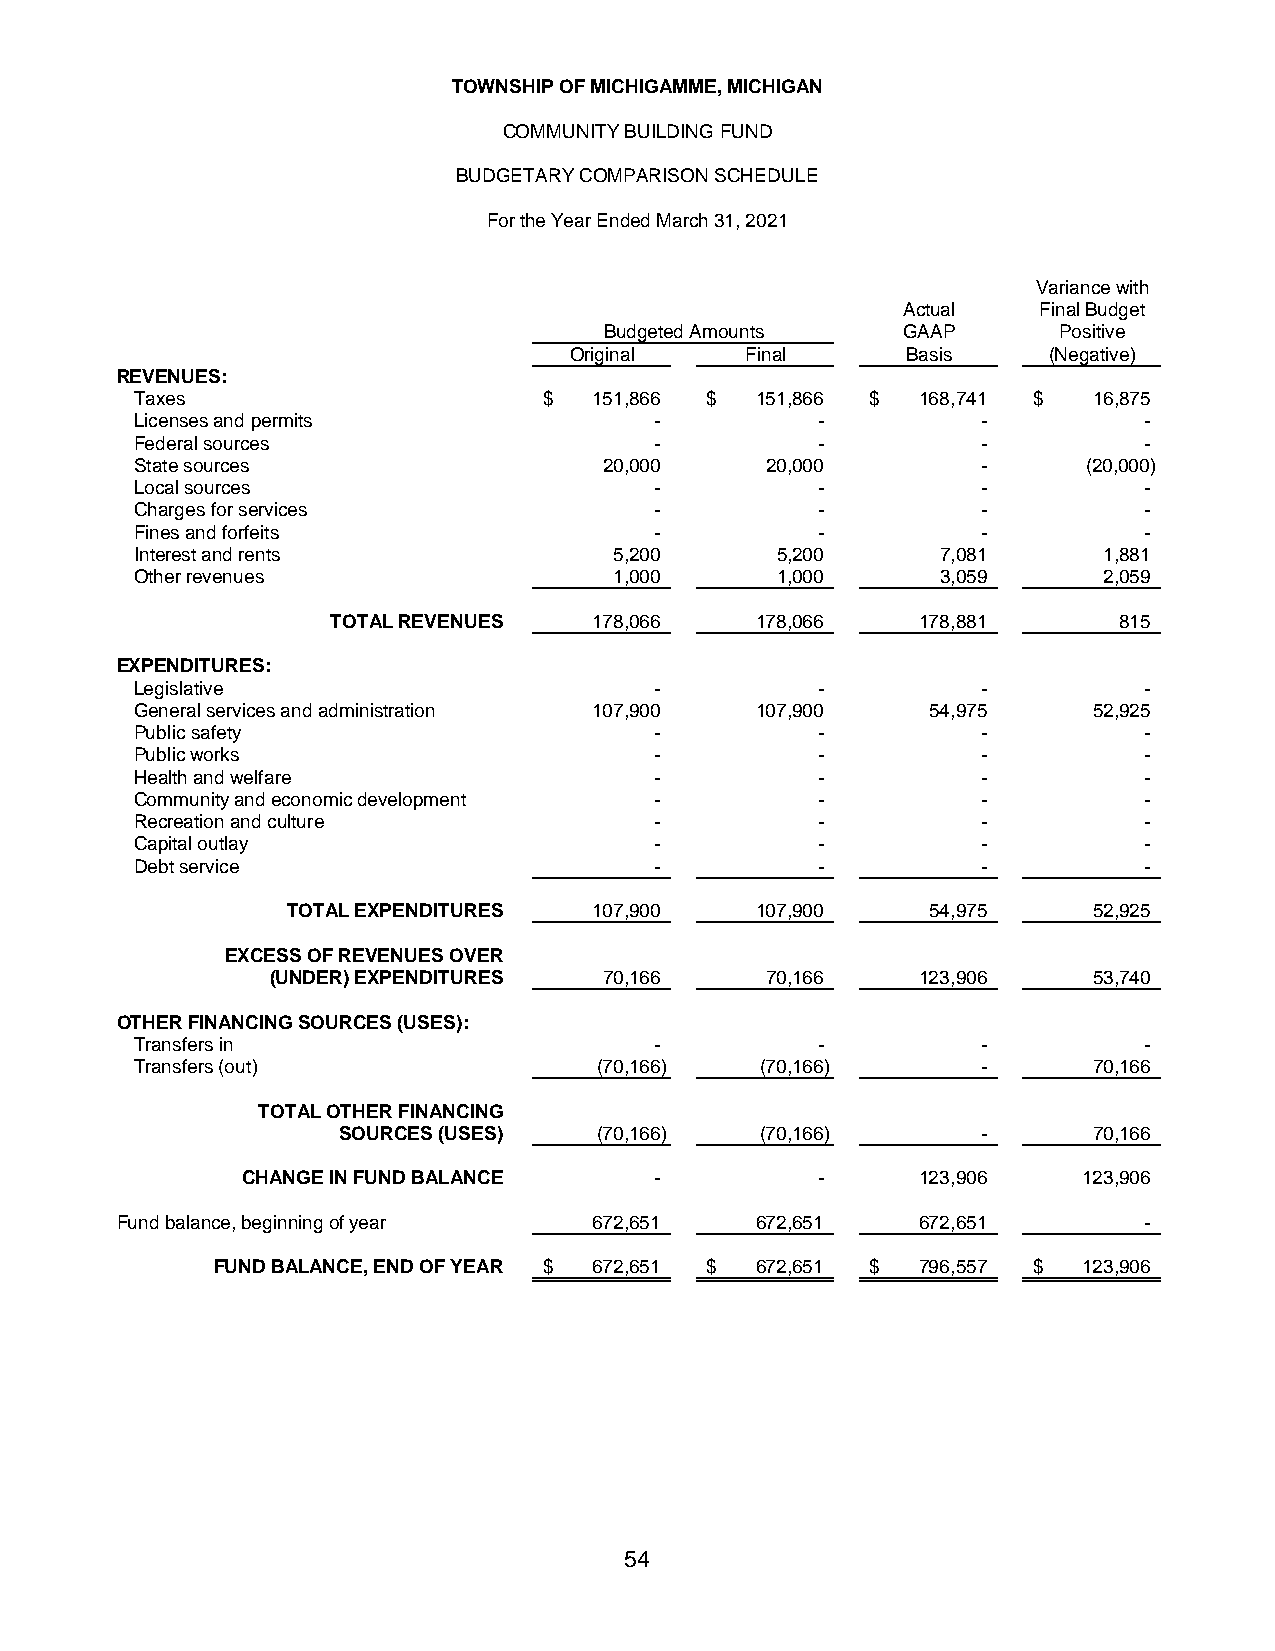
TOWNSHIP OF MICHIGAMME, MICHIGAN
 COMMUNITY BUILDING FUND
 BUDGETARY COMPARISON SCHEDULE
 For the Year Ended March 31, 2021
 Variance with
 Actual   Final Budget
 Budgeted Amounts    GAAP      Positive
 Original   Final      Basis    (Negative)
 REVENUES:
 Taxes                      $  151,866 $  151,866 $  168,741 $  16,875
 Licenses and permits              -          -          -          -
 Federal sources                   -          -          -          -
 State sources                  20,000     20,000        -      (20,000)
 Local sources                     -          -          -          -
 Charges for services              -          -          -          -
 Fines and forfeits                -          -          -          -
 Interest and rents              5,200     5,200      7,081      1,881
 Other revenues                  1,000     1,000      3,059      2,059
 TOTAL REVENUES   178,066    178,066    178,881      815
 EXPENDITURES:
 Legislative                       -          -          -          -
 General services and administration 107,900 107,900  54,975    52,925
 Public safety                     -          -          -          -
 Public works                      -          -          -          -
 Health and welfare                -          -          -          -
 Community and economic development -         -          -          -
 Recreation and culture            -          -          -          -
 Capital outlay                    -          -          -          -
 Debt service                      -          -          -          -
 TOTAL EXPENDITURES  107,900    107,900     54,975    52,925
 EXCESS OF REVENUES OVER
 (UNDER) EXPENDITURES  70,166     70,166    123,906    53,740
 OTHER FINANCING SOURCES (USES):
 Transfers in                      -          -          -          -
 Transfers (out)               (70,166)   (70,166)       -      70,166
 TOTAL OTHER FINANCING
 SOURCES (USES)   (70,166)   (70,166)       -      70,166
 CHANGE IN FUND BALANCE     -          -      123,906    123,906
 Fund balance, beginning of year 672,651   672,651    672,651        -
 FUND BALANCE, END OF YEAR $ 672,651 $ 672,651 $ 796,557 $ 123,906
 54